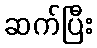
ဆက်ပြီး